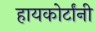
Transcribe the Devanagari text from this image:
हायकोर्टांनी